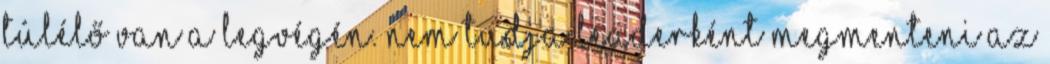
túlélő van a legvégén. nem tudja leaderként megmenteni az